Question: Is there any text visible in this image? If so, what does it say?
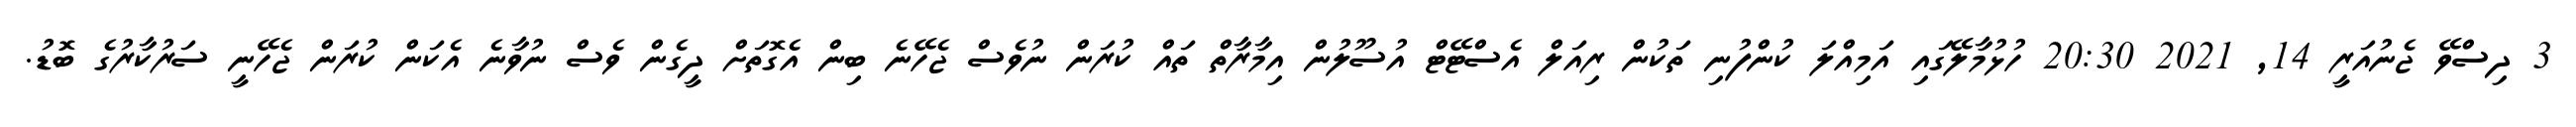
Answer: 3 ދިސްވޭ ޖެނުއަރީ 14, 2021 20:30 ހުޅުމާލޭގައި އަމިއްލަ ކުންފުނި ތަކުން ރިއަލް އެސްޓޭޓް އުސޫލުން އިމާރާތް ތައް ކުރަން ނުވެސް ޖެހޭނެ ބިން އެގޮތަށް ދީގެން ވެސް ނުވާނެ އެކަން ކުރަން ޖެހޭނީ ސަރުކާރުގެ ބޮޑު.